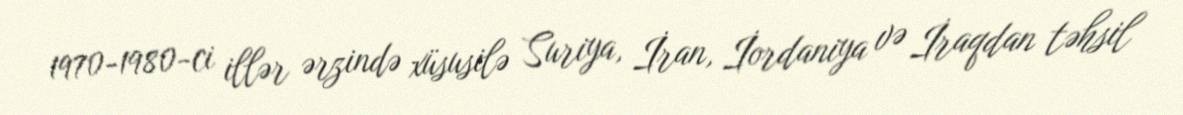
1970-1980-ci illər ərzində xüsusilə Suriya, İran, İordaniya və İraqdan təhsil